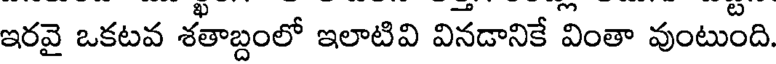
ఇరవై ఒకటవ శతాబ్దంలో ఇలాటివి వినడానికే వింతా వుంటుంది.